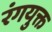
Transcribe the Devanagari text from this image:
रंगयुक्त